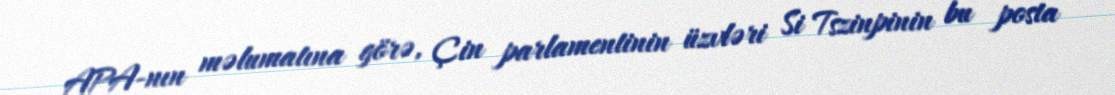
APA-nın məlumatına görə, Çin parlamentinin üzvləri Si Tszinpinin bu posta